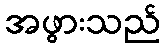
အဖွားသည်